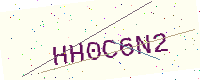
Text: HH0C6N2